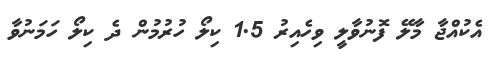
އެކުއްޖާ މާލޭ ފޮނުވާލީ ވިހެއިރު 1.5 ކިލޯ ހުރުމުން ދެ ކިލޯ ހަމަނުވާ